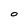
Character: O